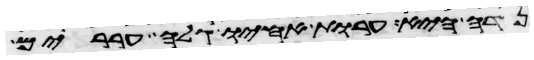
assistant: נדה היא ערות אחיו גלה עררים